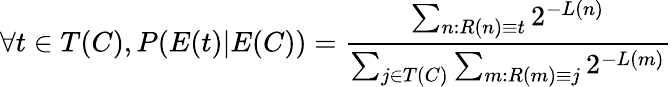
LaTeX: \forall t\in T(C),P(E(t)|E(C))={\frac{\sum_{n:R(n)\equiv t}2^{-L(n)}}{\sum_{j\in T(C)}\sum_{m:R(m)\equiv j}2^{-L(m)}}}